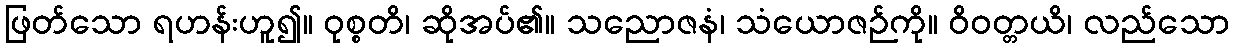
ဖြတ်သော ရဟန်းဟူ၍။ ဝုစ္စတိ၊ ဆိုအပ်၏။ သညောဇနံ၊ သံယောဇဉ်ကို။ ဝိဝတ္တယိ၊ လည်သော